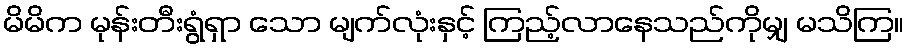
မိမိက မုန်းတီးရွံရှာ သော မျက်လုံးနှင့် ကြည့်လာနေသည်ကိုမျှ မသိကြ။